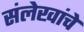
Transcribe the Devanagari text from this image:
संलेखांचे